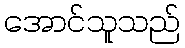
အောင်သူသည်